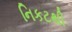
નિકટથી